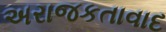
અરાજકતાવાદ